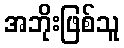
အဘိုးဖြစ်သူ